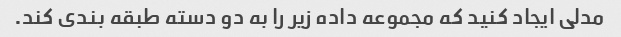
مدلی ایجاد کنید که مجموعه داده زیر را به دو دسته طبقه بندی کند.